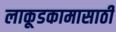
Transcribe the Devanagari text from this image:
लाकूडकामासाठी